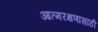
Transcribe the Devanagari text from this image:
आत्मरक्षणासाठी